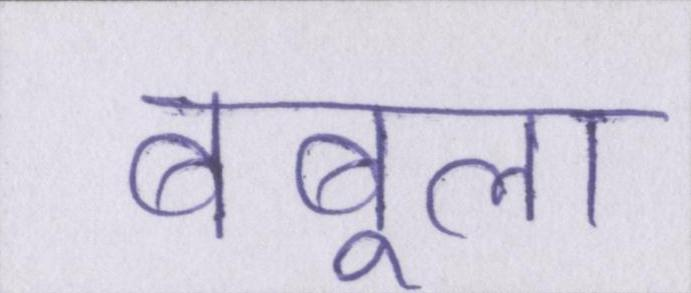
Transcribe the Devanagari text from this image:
बबूला